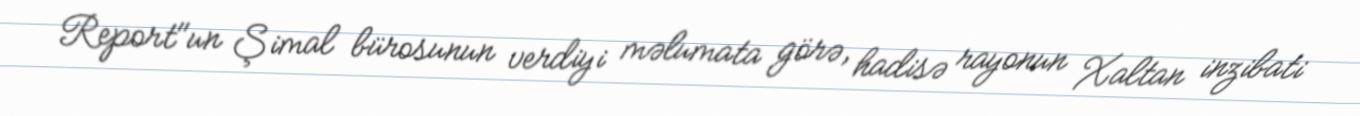
Report"un Şimal bürosunun verdiyi məlumata görə, hadisə rayonun Xaltan inzibati